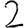
Digit: 2